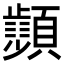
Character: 𩕨